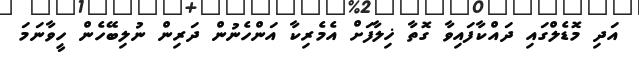
އަދި މޮޑެލްގައި ދައްކާފައިވާ ގޮތާ ޚިލާފަށް އެމެރިކާ އަންހެނުން ދަރިން ނުލިބޭހެން ހީވާނަމަ